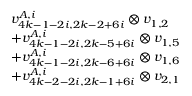
\begin{array} { r l } & { v _ { 4 k - 1 - 2 i , 2 k - 2 + 6 i } ^ { A , i } \otimes v _ { 1 , 2 } } \\ & { + v _ { 4 k - 1 - 2 i , 2 k - 5 + 6 i } ^ { A , i } \otimes v _ { 1 , 5 } } \\ & { + v _ { 4 k - 1 - 2 i , 2 k - 6 + 6 i } ^ { A , i } \otimes v _ { 1 , 6 } } \\ & { + v _ { 4 k - 2 - 2 i , 2 k - 1 + 6 i } ^ { A , i } \otimes v _ { 2 , 1 } } \end{array}